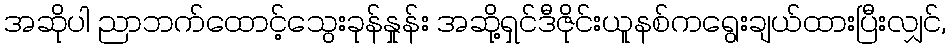
အဆိုပါ ညာဘက်ထောင့်သွေးခုန်နှုန်း အဆို့ရှင်ဒီဇိုင်းယူနစ်ကရွေးချယ်ထားပြီးလျှင်,